Civil Veterinary Dept. North-West Frontier Province 1923-32 - 1923-1932
Year: 1923
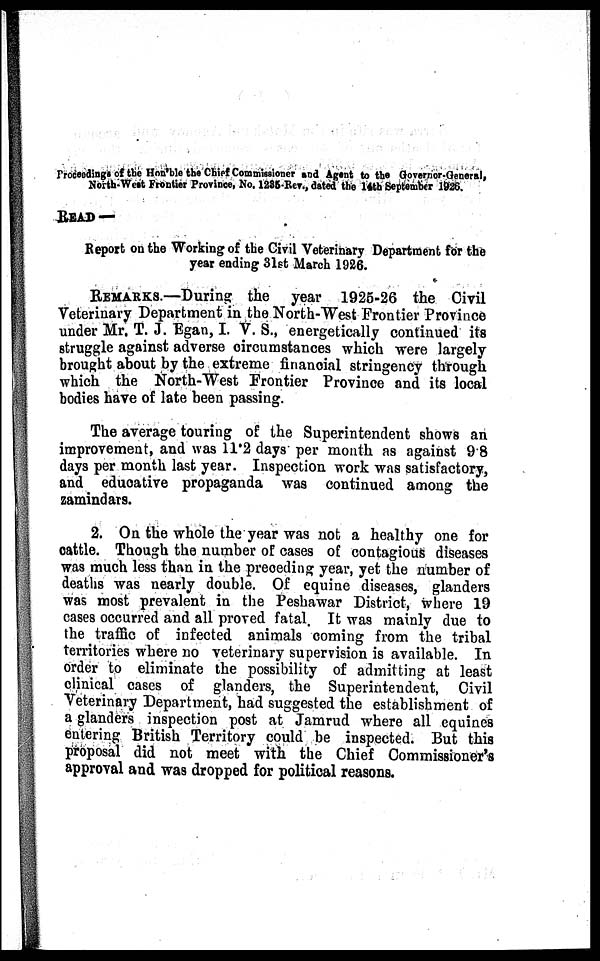
Proceedings of the Hon'ble the Chief Commissioner and Agent to the Governor-General,
North-West Frontier Province, No. 1235-Rev., dated the 14th September 1926.
READ —
Report on the Working of the Civil Veterinary Department for the
year ending 31st March 1926.
REMARKS.—During the year 1925-26 the Civil
Veterinary Department in the North-West Frontier Province
under Mr. T. J. Egan, I. V. S., energetically continued its
struggle against adverse circumstances which were largely
brought about by the extreme financial stringency through
which the North-West Frontier Province and its local
bodies have of late been passing.
The average touring of the Superintendent shows an
improvement, and was 11.2 days per month as against 9.8
days per month last year. Inspection work was satisfactory,
and educative propaganda was continued among the
zamindars.
2. On the whole the year was not a healthy one for
cattle. Though the number of cases of contagious diseases
was much less than in the preceding year, yet the number of
deaths was nearly double. Of equine diseases, glanders
was most prevalent in the Peshawar District, where 19
cases occurred and all proved fatal. It was mainly due to
the traffic of infected animals coming from the tribal
territories where no veterinary supervision is available. In
order to eliminate the possibility of admitting at least
clinical cases of glanders, the Superintendent, Civil
Veterinary Department, had suggested the establishment of
a glanders inspection post at Jamrud where all equines
entering British Territory could be inspected. But this
proposal did not meet with the Chief Commissioner's
approval and was dropped for political reasons.